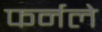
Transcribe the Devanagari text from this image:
फर्नले